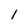
Character: I